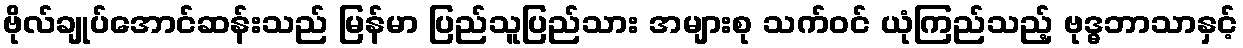
ဗိုလ်ချုပ်အောင်ဆန်းသည် မြန်မာ ပြည်သူပြည်သား အများစု သက်ဝင် ယုံကြည်သည့် ဗုဒ္ဓဘာသာနှင့်